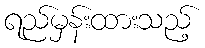
ရည်မှန်းထားသည့်